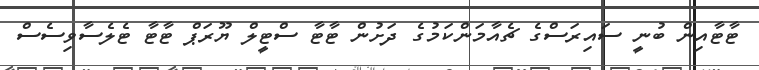
ޓާޓާއިން ބުނީ ސައިރަސްގެ ޗެއާމަންކަމުގެެ ދަށުން ޓާޓާ ސްޓީލް ޔޫރަޕް ޓާޓާ ޓެލެސާވިސެސް